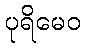
ပုရိမေဝ